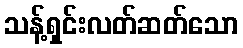
သန့်ရှင်းလတ်ဆတ်သော